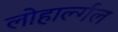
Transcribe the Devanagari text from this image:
लोहार्ल्गल